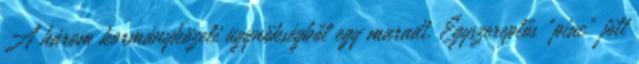
A három kormányközeli ügynökségből egy maradt. Egyszereplős "piac" jött